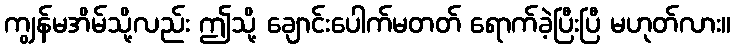
ကျွန်မအိမ်သို့လည်း ဤသို့ ချောင်းပေါက်မတတ် ရောက်ခဲ့ပြီးပြီ မဟုတ်လား။